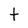
Character: t